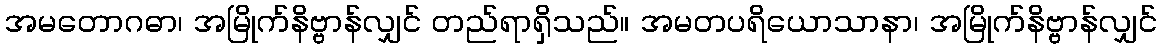
အမတောဂဓာ၊ အမြိုက်နိဗ္ဗာန်လျှင် တည်ရာရှိသည်။ အမတပရိယောသာနာ၊ အမြိုက်နိဗ္ဗာန်လျှင်